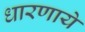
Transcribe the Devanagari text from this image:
धारणाये